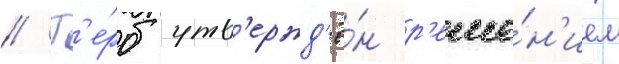
// Г'е́рб утв'ержд'ё́н р'еше́н'ием